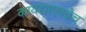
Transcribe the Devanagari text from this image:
कायद्याएवढेच